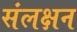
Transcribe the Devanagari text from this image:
संलक्षन